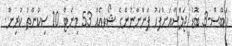
ހަބޭސް-3 ބޮޑު ޖަލްސާއަށްފަހު ފަންނާނުންގެ ޝޯވއެއް 53 މިނެޓް 10 ސިކުންތު ކުރިން.